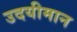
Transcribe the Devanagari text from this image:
उदयीमान